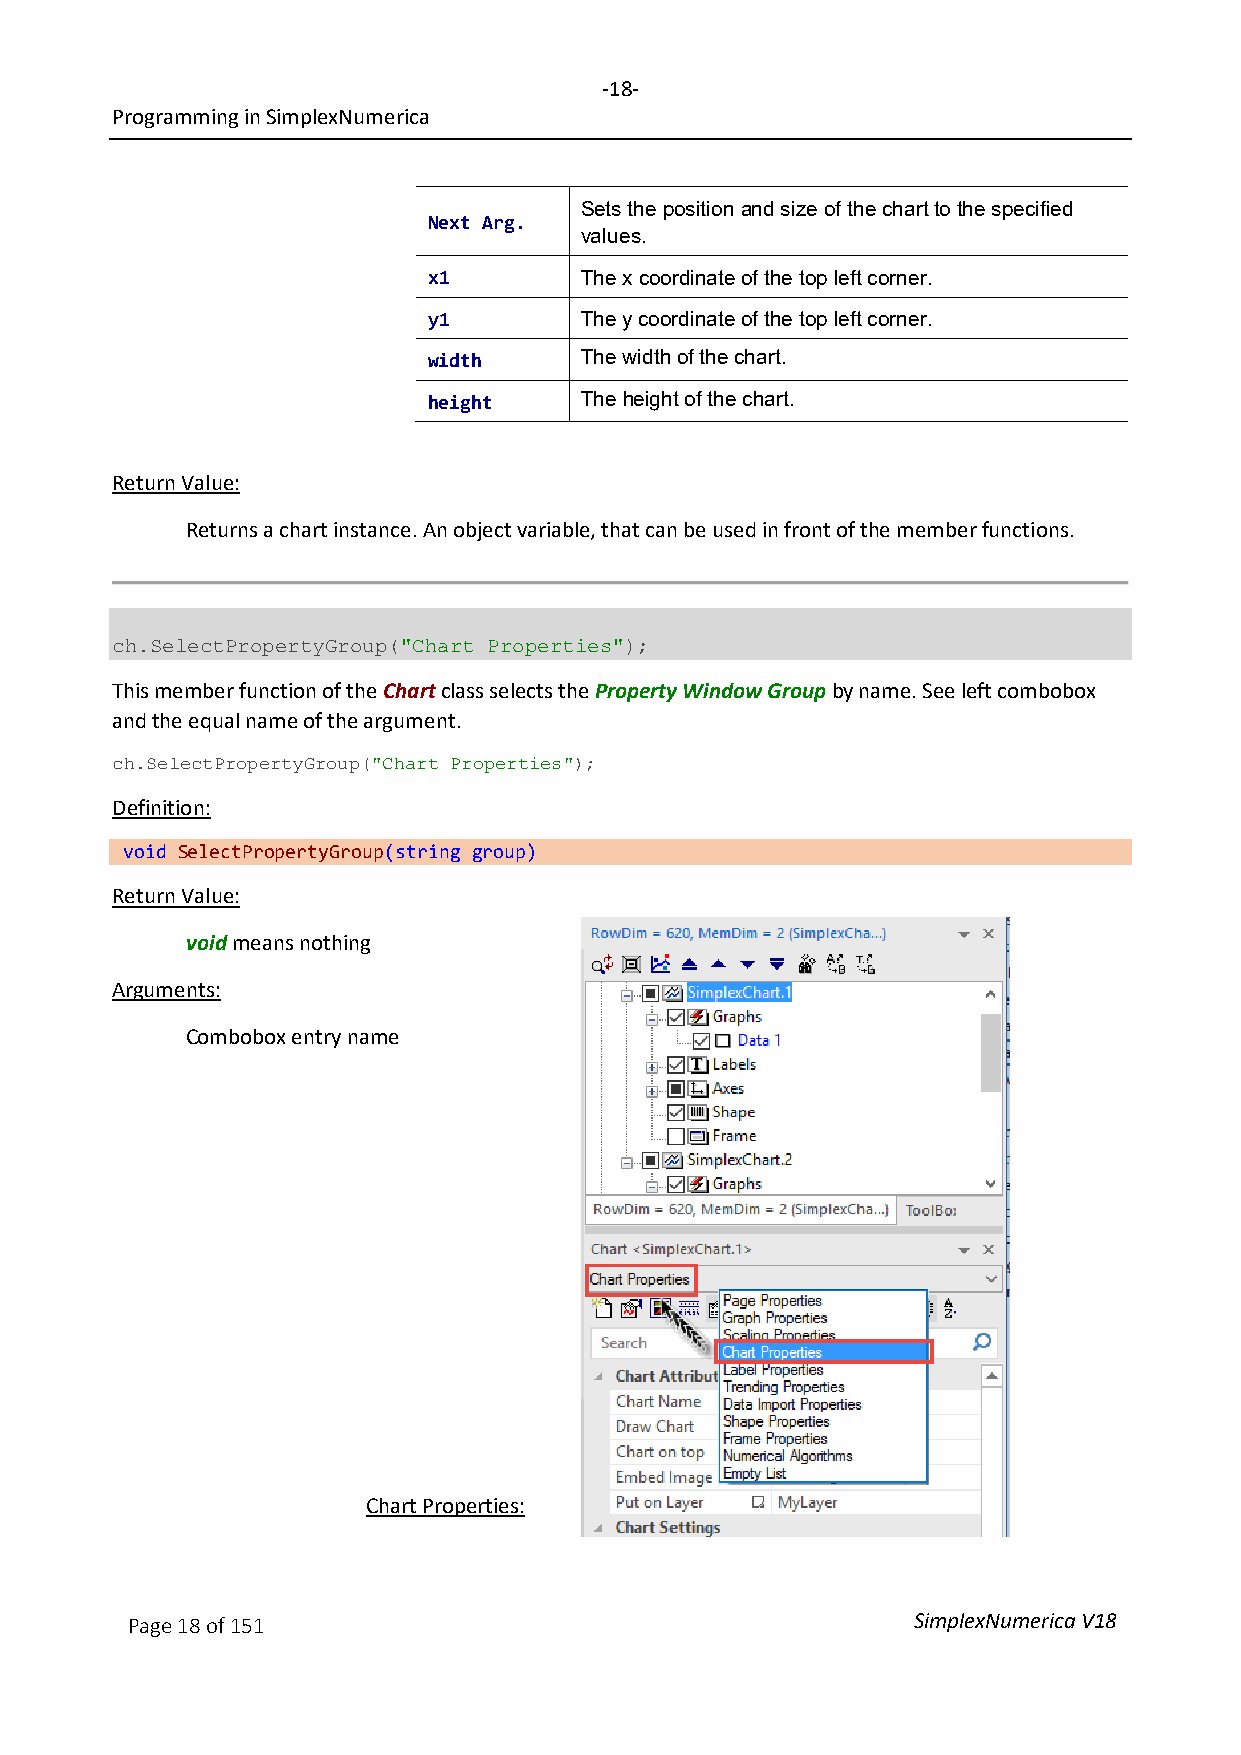
-18-
 Programming in SimplexNumerica
 Sets the position and size of the chart to the specified
 Next Arg.
 values.
 x1        The x coordinate of the top left corner.
 y1        The y coordinate of the top left corner.
 width     The width of the chart.
 height    The height of the chart.
 Return Value:
 Returns a chart instance. An object variable, that can be used in front of the member functions.
 ch.SelectPropertyGroup("Chart Properties");
 This member function of the Chart class selects the Property Window Group by name. See left combobox
 and the equal name of the argument.
 ch.SelectPropertyGroup("Chart Properties");
 Definition:
 void SelectPropertyGroup(string group)
 Return Value:
 void means nothing
 Arguments:
 Combobox entry name
 Chart Properties:
 Page 18 of 151                                      SimplexNumerica V18